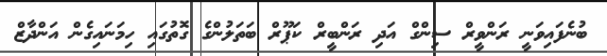
ބުނެފައިވަނީ ރަންވީރް ސިންގް އަދި ރަންބީރް ކަޕޫރް ބަތަލުންގެ ގޮތުގައި ހިމަނައިގެން އަންދާޒް